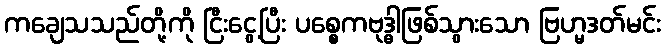
ကချေသသည်တို့ကို ငြီးငွေ့ပြီး ပစ္စေကဗုဒ္ဓါဖြစ်သွားသော ဗြဟ္မဒတ်မင်း